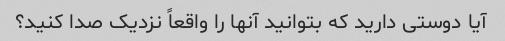
آیا دوستی دارید که بتوانید آنها را واقعاً نزدیک صدا کنید؟